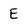
Character: E